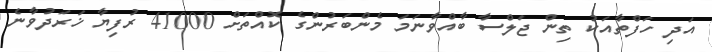
އަދި ހަފްތާއަކު ތިން ޖަލްސާ ބާއްވާނަމަ މެންބަރުންގެ ކޮއްތަށް 41000 ރުފިޔާ ޚަރަދުވާނެ